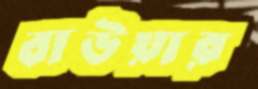
বাউয়ার